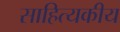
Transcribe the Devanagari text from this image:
साहित्यकीय